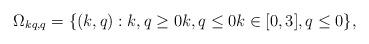
LaTeX: \begin{align*}\Omega _{kq,q}=\{\left( k,q\right) :k,q\geq 0k,q\leq 0k\in \lbrack 0,3],q\leq 0\}, \end{align*}